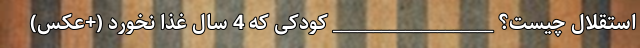
استقلال چیست؟ ____________________ کودکی که 4 سال غذا نخورد (+عکس)